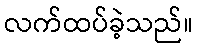
လက်ထပ်ခဲ့သည်။